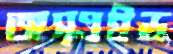
অস্এইড